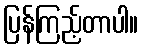
ပြန်ကြည့်တာပါ။